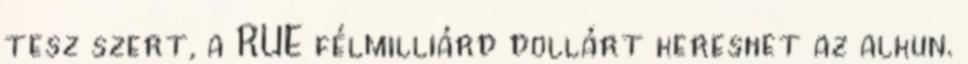
tesz szert, a RUE félmilliárd dollárt kereshet az alkun.